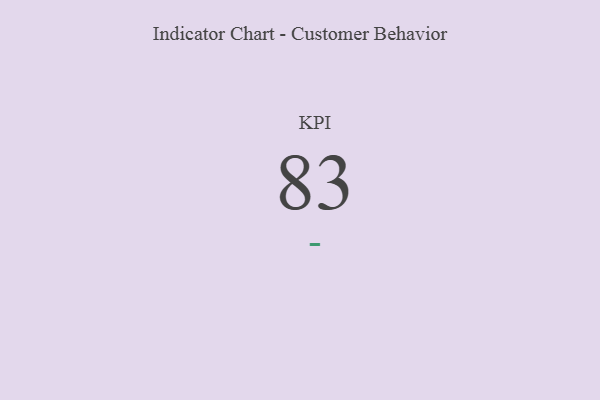
{"axis": {"x": "KPI", "y": "Value"}, "legend": [""], "data": [{"x": "KPI", "y": 83, "type": ""}]}